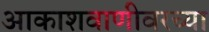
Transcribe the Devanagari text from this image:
आकाशवाणीवरच्‍या